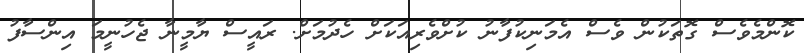
ކޮންމެވެސް ގޮތަކުން ވެސް އެމަނިކުފާނު ކުށްވެރިއަކަށް ހެދުމަށް. ރައީސް ޔާމީނާ ޖެހުނީމަ އިންސާފު